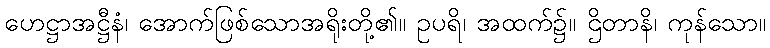
ဟေဋ္ဌာအဋ္ဌီနံ၊ အောက်ဖြစ်သောအရိုးတို့၏။ ဥပရိ၊ အထက်၌။ ဌိတာနိ၊ ကုန်သော။